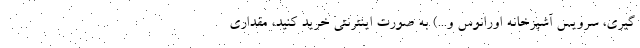
گیری، سرویس آشپزخانه اورانوس و...) به صورت اینترنتی خرید کنید، مقداری